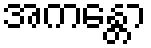
အကန္တော